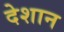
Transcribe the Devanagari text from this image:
देशान